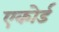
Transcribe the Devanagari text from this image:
एकोर्ड